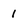
Character: 1